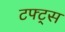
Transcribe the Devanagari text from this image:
टफ्ट्‌स